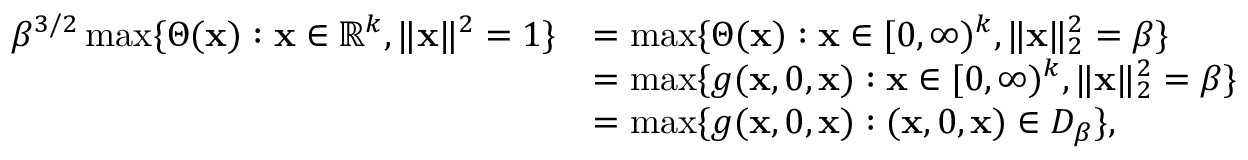
\begin{array} { r l } { \beta ^ { 3 / 2 } \operatorname* { m a x } \{ \Theta ( \mathbf { x } ) : \mathbf { x } \in \mathbb { R } ^ { k } , \| \mathbf { x } \| ^ { 2 } = 1 \} } & { = \operatorname* { m a x } \{ \Theta ( \mathbf { x } ) : \mathbf { x } \in [ 0 , \infty ) ^ { k } , \| \mathbf { x } \| _ { 2 } ^ { 2 } = \beta \} } \\ & { = \operatorname* { m a x } \{ g ( \mathbf { x } , 0 , \mathbf { x } ) : \mathbf { x } \in [ 0 , \infty ) ^ { k } , \| \mathbf { x } \| _ { 2 } ^ { 2 } = \beta \} } \\ & { = \operatorname* { m a x } \{ g ( \mathbf { x } , 0 , \mathbf { x } ) : ( \mathbf { x } , 0 , \mathbf { x } ) \in D _ { \beta } \} , } \end{array}